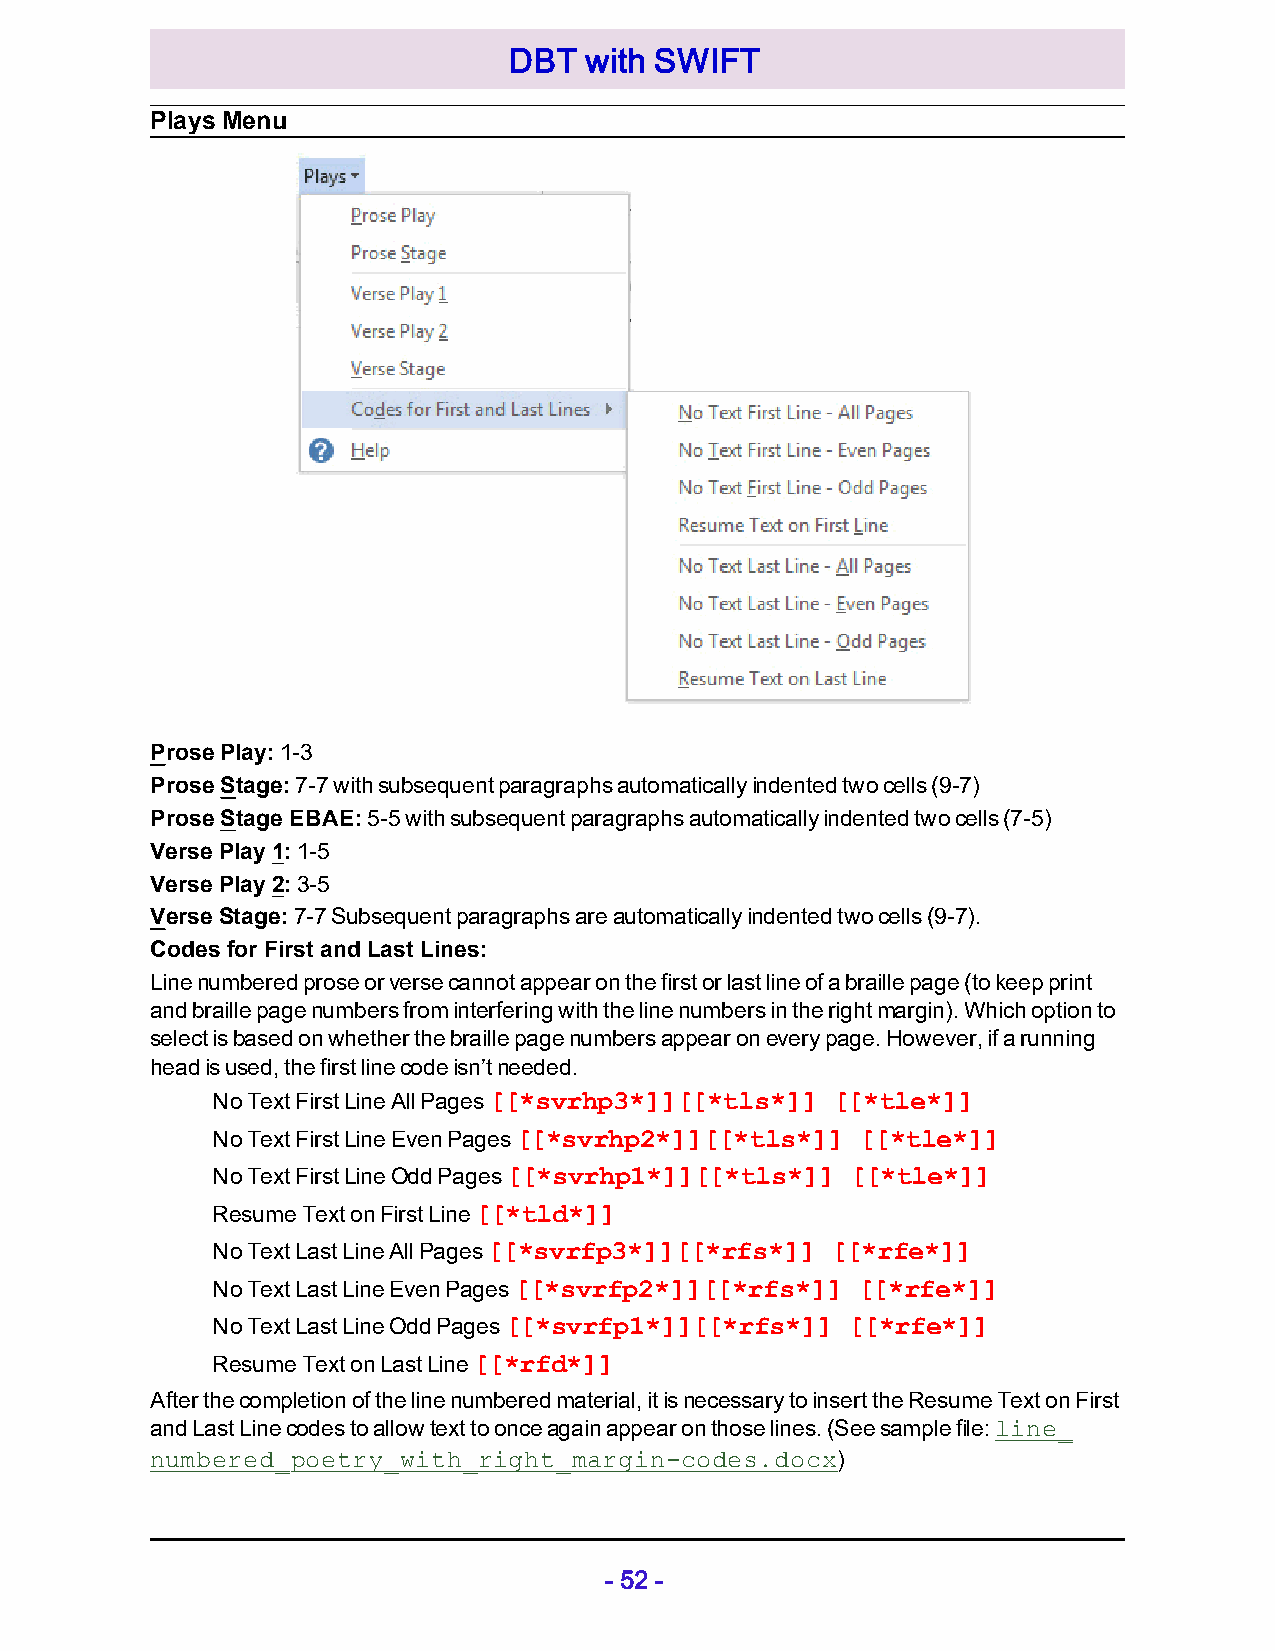
DBT  with SWIFT
 Plays Menu
 Prose Play: 1-3
 Prose Stage: 7-7 with subsequent paragraphs automatically indented two cells (9-7)
 Prose Stage EBAE: 5-5 with subsequent paragraphs automatically indented two cells (7-5)
 Verse Play 1: 1-5
 Verse Play 2: 3-5
 Verse Stage: 7-7 Subsequent paragraphs are automatically indented two cells (9-7).
 Codes for First and Last Lines:
 Line numbered prose or verse cannot appear on the first or last line of a braille page (to keep print
 and braille page numbers from interfering with the line numbers in the right margin). Which option to
 select is based on whether the braille page numbers appear on every page. However, if a running
 head is used, the first line code isn’t needed.
 No Text First Line All Pages [[*svrhp3*]][[*tls*]] [[*tle*]]
 No Text First Line Even Pages [[*svrhp2*]][[*tls*]] [[*tle*]]
 No Text First Line Odd Pages [[*svrhp1*]][[*tls*]] [[*tle*]]
 Resume Text on First Line [[*tld*]]
 No Text Last Line All Pages [[*svrfp3*]][[*rfs*]] [[*rfe*]]
 No Text Last Line Even Pages [[*svrfp2*]][[*rfs*]] [[*rfe*]]
 No Text Last Line Odd Pages [[*svrfp1*]][[*rfs*]] [[*rfe*]]
 Resume Text on Last Line [[*rfd*]]
 After the completion of the line numbered material, it is necessary to insert the Resume Text on First
 and Last Line codes to allow text to once again appear on those lines. (See sample file: line_
 numbered_poetry_with_right_margin-codes.docx)
 - 52 -